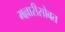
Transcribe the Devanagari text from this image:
मल्लारीसोबत